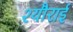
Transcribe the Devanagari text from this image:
श्यौराई